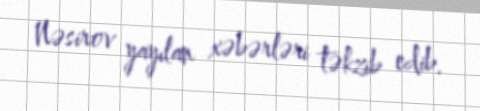
Nəsirov yayılan xəbərləri təkzib edib.